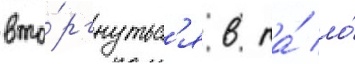
вто́ргнутьс'я в та́ ло́